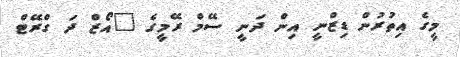
މީގެ އިތުރުން ޑިޒްނީ އިން ދަނީ ސޭމް ރޭމީގެ "އޯޒް ދަ ގްރޭޓް